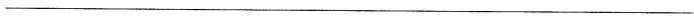
___